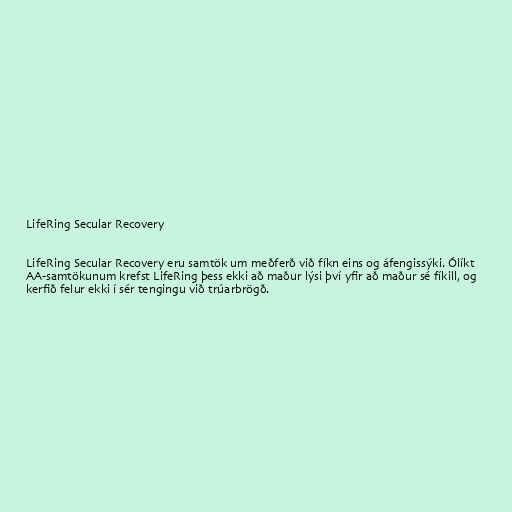
LifeRing Secular Recovery

LifeRing Secular Recovery eru samtök um meðferð við fíkn eins og áfengissýki. Ólíkt
AA-samtökunum krefst LifeRing þess ekki að maður lýsi því yfir að maður sé fíkill, og
kerfið felur ekki í sér tengingu við trúarbrögð.